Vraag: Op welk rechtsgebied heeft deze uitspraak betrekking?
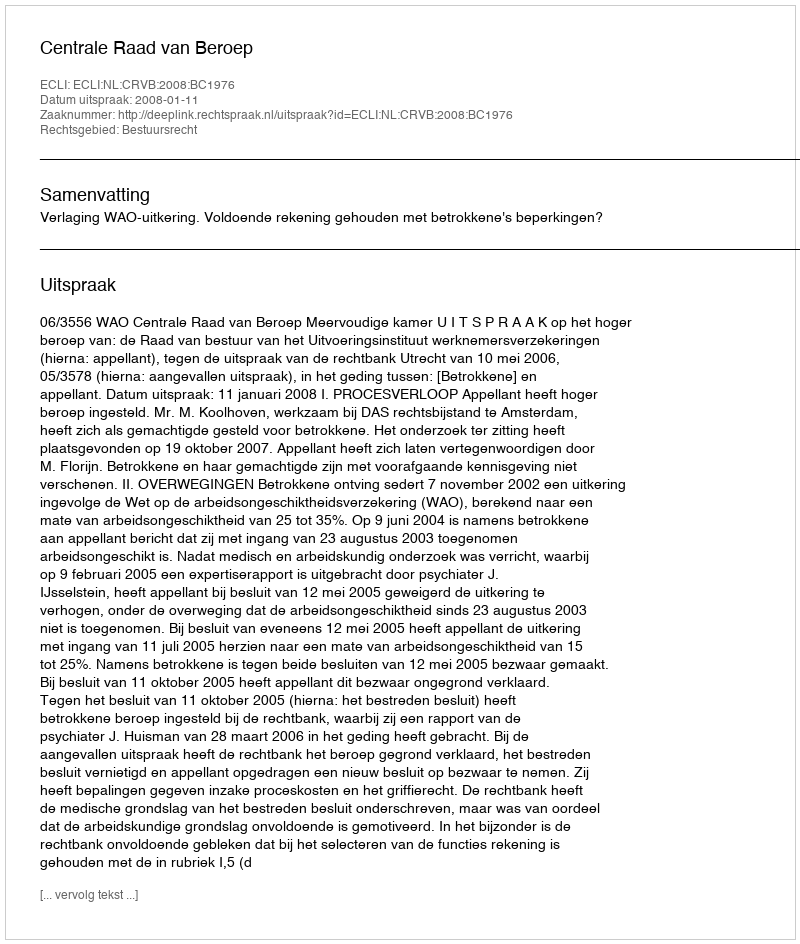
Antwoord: Bestuursrecht